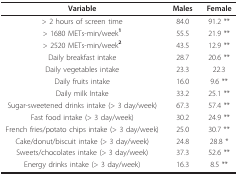
<table><thead><tr><td><b>Variable</b></td><td><b>Males</b></td><td><b>Female</b></td></tr></thead><tbody><tr><td>&gt; 2 hours of screen time</td><td>84.0</td><td>91.2 **</td></tr><tr><td>&gt; 1680 METs-min/week<b><sup>1</sup></b></td><td>55.5</td><td>21.9 **</td></tr><tr><td>&gt; 2520 METs-min/week<b><sup>2</sup></b></td><td>43.5</td><td>12.9 **</td></tr><tr><td>Daily breakfast intake</td><td>28.7</td><td>20.6 **</td></tr><tr><td>Daily vegetables intake</td><td>23.3</td><td>22.3</td></tr><tr><td>Daily fruits intake</td><td>16.0</td><td>9.6 **</td></tr><tr><td>Daily milk Intake</td><td>33.2</td><td>25.1 **</td></tr><tr><td>Sugar-sweetened drinks intake (&gt; 3 day/week)</td><td>67.3</td><td>57.4 **</td></tr><tr><td>Fast food intake (&gt; 3 day/week)</td><td>30.2</td><td>24.9 **</td></tr><tr><td>French fries/potato chips intake (&gt; 3 day/week)</td><td>25.0</td><td>30.7 **</td></tr><tr><td>Cake/donut/biscuit intake (&gt; 3 day/week)</td><td>24.8</td><td>28.8 *</td></tr><tr><td>Sweets/chocolates intake (&gt; 3 day/week)</td><td>37.3</td><td>52.6 **</td></tr><tr><td>Energy drinks intake (&gt; 3 day/week)</td><td>16.3</td><td>8.5 **</td></tr></tbody></table>